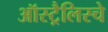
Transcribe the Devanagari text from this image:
ऑस्ट्रैलिस्चे